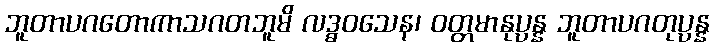
ဘူတာပဂတောကာသဂတဘူမိ လဒ္ဓဝသေန၊ ဝတ္တမာနုပ္ပန္န ဘူတာပဂတုပ္ပန္န